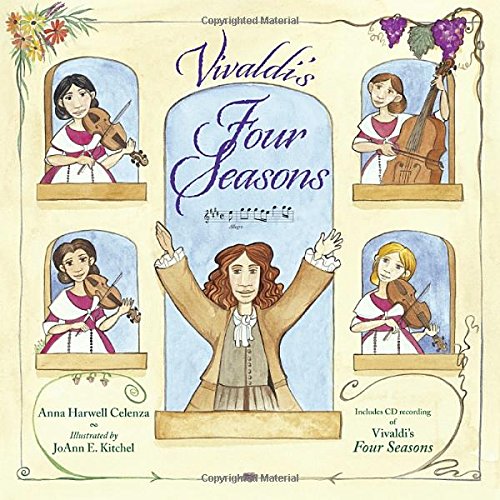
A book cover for Vivaldi's Four Seasons; Anna Harwell Celenza; Children's Books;